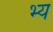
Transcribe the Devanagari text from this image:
भ्य